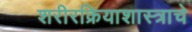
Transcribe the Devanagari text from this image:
शरीरक्रियाशास्त्राचे